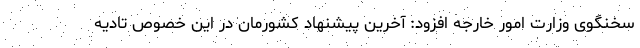
سخنگوی وزارت امور خارجه افزود: آخرین پیشنهاد کشورمان در این خصوص تادیه